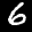
Label: 6